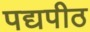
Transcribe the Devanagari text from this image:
पद्यपीठ